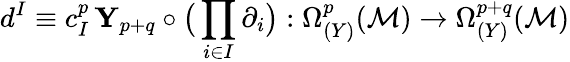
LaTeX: d^{I}\equiv c_{I}^{p}\, {\mathbf Y}_{p+q}\circ\big(\prod_{i\in I}\partial_{i}\big):\Omega_{(Y)}^{p}({\cal M})\rightarrow\Omega_{(Y)}^{p+q}({\cal M})